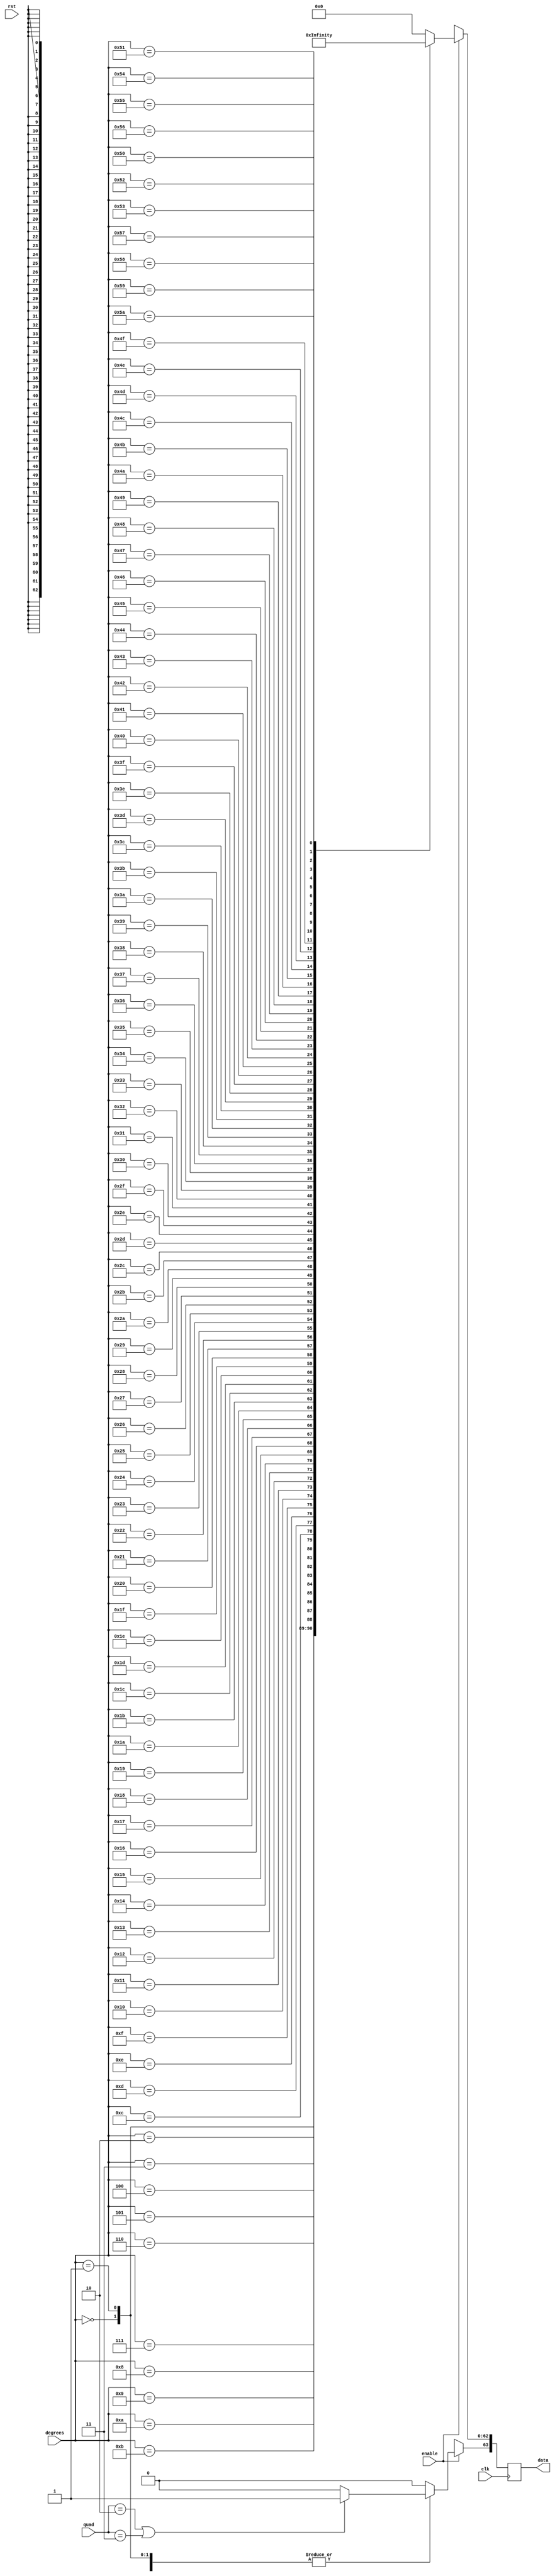
/////////////////////////////////////////////////////////////////////
////                                                             ////
////                                                          ////
////  Trigonometric functions using double precision Floating Point Unit        ////
////                                                             ////
////          muni_aditya@yahoo.com                                ////
////                                                             ////
/////////////////////////////////////////////////////////////////////
////                                                             ////
//// Copyright (C) 2013 Muni Aditya                           ////
////                  muni_aditya@yahoo.com                        ////
////                                                             ////
//// This source file may be used and distributed without        ////
//// restriction provided that this copyright statement is not   ////
//// removed from the file and that any derivative work contains ////
//// the original copyright notice and the associated disclaimer.////
////                                                             ////
////     THIS SOFTWARE IS PROVIDED ``AS IS'' AND WITHOUT ANY     ////
//// EXPRESS OR IMPLIED WARRANTIES, INCLUDING, BUT NOT LIMITED   ////
//// TO, THE IMPLIED WARRANTIES OF MERCHANTABILITY AND FITNESS   ////
//// FOR A PARTICULAR PURPOSE. IN NO EVENT SHALL THE AUTHOR      ////
//// OR CONTRIBUTORS BE LIABLE FOR ANY DIRECT, INDIRECT,         ////
//// INCIDENTAL, SPECIAL, EXEMPLARY, OR CONSEQUENTIAL DAMAGES    ////
//// (INCLUDING, BUT NOT LIMITED TO, PROCUREMENT OF SUBSTITUTE   ////
//// GOODS OR SERVICES; LOSS OF USE, DATA, OR PROFITS; OR        ////
//// BUSINESS INTERRUPTION) HOWEVER CAUSED AND ON ANY THEORY OF  ////
//// LIABILITY, WHETHER IN  CONTRACT, STRICT LIABILITY, OR TORT  ////
//// (INCLUDING NEGLIGENCE OR OTHERWISE) ARISING IN ANY WAY OUT  ////
//// OF THE USE OF THIS SOFTWARE, EVEN IF ADVISED OF THE         ////
//// POSSIBILITY OF SUCH DAMAGE.                                 ////
////                                                             ////
/////////////////////////////////////////////////////////////////////


`timescale 1ns / 100ps

`define INPUT_WIDTH 32

module cosecant_lut (quad, enable, degrees, data, rst, clk);

input [1:0] quad;
input enable;
input rst;
input [`INPUT_WIDTH-1:0] degrees ;
input clk;

//////////////inputs/////////////////

output reg [63:0] data;

//////////////output/////////////////


always@(posedge clk )

// needs to be positive in first and second quadrants


 begin
        if (quad == 2'b10 || quad == 2'b11)
        begin
        data[63] <= 1'b1;
        end

        else
        begin
        data[63] <= 1'b0;
        end
 
	if(enable)
	case (degrees)

// look up table
	  
`INPUT_WIDTH'd0  : data[62:0] <= 64'h7ff0000000000000;
`INPUT_WIDTH'd1  : data[62:0] <= 64'h404ca63b6cba7b71;
`INPUT_WIDTH'd2  : data[62:0] <= 64'h403ca7596e271c86;
`INPUT_WIDTH'd3  : data[62:0] <= 64'h40331b797e990dc0;
`INPUT_WIDTH'd4  : data[62:0] <= 64'h402cabd2100d036c;
`INPUT_WIDTH'd5  : data[62:0] <= 64'h4026f28a8ae3ab08;
`INPUT_WIDTH'd6  : data[62:0] <= 64'h4023222ff85e6006;
`INPUT_WIDTH'd7  : data[62:0] <= 64'h402069387b617567;
`INPUT_WIDTH'd8  : data[62:0] <= 64'h401cbdbe5febffb0;
`INPUT_WIDTH'd9  : data[62:0] <= 64'h401991df41de341d;
`INPUT_WIDTH'd10 : data[62:0] <= 64'h401708fb2129168e;
`INPUT_WIDTH'd11 : data[62:0] <= 64'h4014f69f90704701;
`INPUT_WIDTH'd12 : data[62:0] <= 64'h40133d2b00047f03;
`INPUT_WIDTH'd13 : data[62:0] <= 64'h4011c819f29be025;
`INPUT_WIDTH'd14 : data[62:0] <= 64'h401088c56499f439;
`INPUT_WIDTH'd15 : data[62:0] <= 64'h400ee8dd4748bf16;
`INPUT_WIDTH'd16 : data[62:0] <= 64'h400d060d6ac58d68;
`INPUT_WIDTH'd17 : data[62:0] <= 64'h400b5cc824ec982e;
`INPUT_WIDTH'd18 : data[62:0] <= 64'h4009e3779b97f4a8;
`INPUT_WIDTH'd19 : data[62:0] <= 64'h4008928aa26c4c08;
`INPUT_WIDTH'd20 : data[62:0] <= 64'h400763f38fb4cf95;
`INPUT_WIDTH'd21 : data[62:0] <= 64'h400652cbf905707a;
`INPUT_WIDTH'd22 : data[62:0] <= 64'h40055b11998752c1;
`INPUT_WIDTH'd23 : data[62:0] <= 64'h40047974b96de77f;
`INPUT_WIDTH'd24 : data[62:0] <= 64'h4003ab32fb93a3a7;
`INPUT_WIDTH'd25 : data[62:0] <= 64'h4002edfb187b1137;
`INPUT_WIDTH'd26 : data[62:0] <= 64'h40023fd71f682341;
`INPUT_WIDTH'd27 : data[62:0] <= 64'h40019f1b8c9526f0;
`INPUT_WIDTH'd28 : data[62:0] <= 64'h40010a59ff3c94be;
`INPUT_WIDTH'd29 : data[62:0] <= 64'h40008056af82561d;
`INPUT_WIDTH'd30 : data[62:0] <= 64'h4000000000000001;
`INPUT_WIDTH'd31 : data[62:0] <= 64'h3fff10cf62336e31;
`INPUT_WIDTH'd32 : data[62:0] <= 64'h3ffe317ab5700fce;
`INPUT_WIDTH'd33 : data[62:0] <= 64'h3ffd6093ce555fa8;
`INPUT_WIDTH'd34 : data[62:0] <= 64'h3ffc9cd7b485648a;
`INPUT_WIDTH'd35 : data[62:0] <= 64'h3ffbe52877982347;
`INPUT_WIDTH'd36 : data[62:0] <= 64'h3ffb38880b4603e4;
`INPUT_WIDTH'd37 : data[62:0] <= 64'h3ffa9613f8fd7862;
`INPUT_WIDTH'd38 : data[62:0] <= 64'h3ff9fd01bf93f3a3;
`INPUT_WIDTH'd39 : data[62:0] <= 64'h3ff96c9bc1d2abfe;
`INPUT_WIDTH'd40 : data[62:0] <= 64'h3ff8e43eaadf9334;
`INPUT_WIDTH'd41 : data[62:0] <= 64'h3ff863573463a809;
`INPUT_WIDTH'd42 : data[62:0] <= 64'h3ff7e9603e24eb24;
`INPUT_WIDTH'd43 : data[62:0] <= 64'h3ff775e129d20b11;
`INPUT_WIDTH'd44 : data[62:0] <= 64'h3ff7086c7026f77e;
`INPUT_WIDTH'd45 : data[62:0] <= 64'h3ff6a09e667f3bcd;
`INPUT_WIDTH'd46 : data[62:0] <= 64'h3ff63e1c2d781ada;
`INPUT_WIDTH'd47 : data[62:0] <= 64'h3ff5e092c2857578;
`INPUT_WIDTH'd48 : data[62:0] <= 64'h3ff587b62f6162b4;
`INPUT_WIDTH'd49 : data[62:0] <= 64'h3ff53340d31354d5;
`INPUT_WIDTH'd50 : data[62:0] <= 64'h3ff4e2f2c0fa463b;
`INPUT_WIDTH'd51 : data[62:0] <= 64'h3ff4969132d53892;
`INPUT_WIDTH'd52 : data[62:0] <= 64'h3ff44de60b3c3d86;
`INPUT_WIDTH'd53 : data[62:0] <= 64'h3ff408bf665efb99;
`INPUT_WIDTH'd54 : data[62:0] <= 64'h3ff3c6ef372fe94f;
`INPUT_WIDTH'd55 : data[62:0] <= 64'h3ff3884aef684af8;
`INPUT_WIDTH'd56 : data[62:0] <= 64'h3ff34cab310ac280;
`INPUT_WIDTH'd57 : data[62:0] <= 64'h3ff313eb883ae677;
`INPUT_WIDTH'd58 : data[62:0] <= 64'h3ff2ddea2c696f6a;
`INPUT_WIDTH'd59 : data[62:0] <= 64'h3ff2aa87c7f7612b;
`INPUT_WIDTH'd60 : data[62:0] <= 64'h3ff279a74590331d;
`INPUT_WIDTH'd61 : data[62:0] <= 64'h3ff24b2da2943b49;
`INPUT_WIDTH'd62 : data[62:0] <= 64'h3ff21f01c602373d;
`INPUT_WIDTH'd63 : data[62:0] <= 64'h3ff1f50c5b61511e;
`INPUT_WIDTH'd64 : data[62:0] <= 64'h3ff1cd37b13ce9c7;
`INPUT_WIDTH'd65 : data[62:0] <= 64'h3ff1a76f9ad128b7;
`INPUT_WIDTH'd66 : data[62:0] <= 64'h3ff183a154932d8b;
`INPUT_WIDTH'd67 : data[62:0] <= 64'h3ff161bb6b4a03f3;
`INPUT_WIDTH'd68 : data[62:0] <= 64'h3ff141ada5766663;
`INPUT_WIDTH'd69 : data[62:0] <= 64'h3ff12368eecf1f68;
`INPUT_WIDTH'd70 : data[62:0] <= 64'h3ff106df459ea073;
`INPUT_WIDTH'd71 : data[62:0] <= 64'h3ff0ec03a9d451e4;
`INPUT_WIDTH'd72 : data[62:0] <= 64'h3ff0d2ca0da1530d;
`INPUT_WIDTH'd73 : data[62:0] <= 64'h3ff0bb27477cf20f;
`INPUT_WIDTH'd74 : data[62:0] <= 64'h3ff0a51105712a50;
`INPUT_WIDTH'd75 : data[62:0] <= 64'h3ff0907dc1930690;
`INPUT_WIDTH'd76 : data[62:0] <= 64'h3ff07d64b78dea34;
`INPUT_WIDTH'd77 : data[62:0] <= 64'h3ff06bbddb2b91b8;
`INPUT_WIDTH'd78 : data[62:0] <= 64'h3ff05b81cfc51885;
`INPUT_WIDTH'd79 : data[62:0] <= 64'h3ff04ca9e08b8cb6;
`INPUT_WIDTH'd80 : data[62:0] <= 64'h3ff03f2ff9989907;
`INPUT_WIDTH'd81 : data[62:0] <= 64'h3ff0330ea1b99998;
`INPUT_WIDTH'd82 : data[62:0] <= 64'h3ff02840f4e91085;
`INPUT_WIDTH'd83 : data[62:0] <= 64'h3ff01ec29f6be927;
`INPUT_WIDTH'd84 : data[62:0] <= 64'h3ff0168fd9895209;
`INPUT_WIDTH'd85 : data[62:0] <= 64'h3ff00fa563d53203;
`INPUT_WIDTH'd86 : data[62:0] <= 64'h3ff00a008406617c;
`INPUT_WIDTH'd87 : data[62:0] <= 64'h3ff0059f0252e0bc;
`INPUT_WIDTH'd88 : data[62:0] <= 64'h3ff0027f274d432f;
`INPUT_WIDTH'd89 : data[62:0] <= 64'h3ff0009fba3f7835;
`INPUT_WIDTH'd90 : data[62:0] <= 64'h3ff0000000000000;


default:data <= 64'h0;

endcase

else 
  data <= 64'hxxxxxxxxxxxxxxx;



end

endmodule